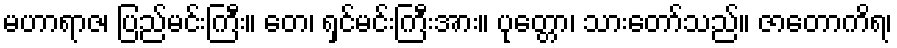
မဟာရာဇ၊ ပြည်မင်းကြီး။ တေ၊ ရှင်မင်းကြီးအား။ ပုတ္တော၊ သားတော်သည်။ ဇာတောကိရ၊